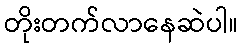
တိုးတက်လာနေဆဲပါ။